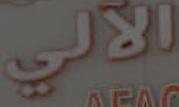
الآلي